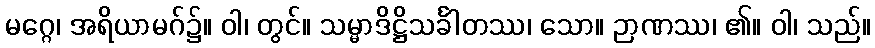
မဂ္ဂေ၊ အရိယာမဂ်၌။ ဝါ၊ တွင်။ သမ္မာဒိဋ္ဌိသင်္ခါတဿ၊ သော။ ဉာဏဿ၊ ၏။ ဝါ၊ သည်။